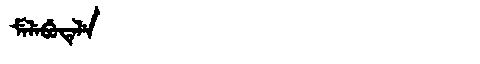
Manchu: ᠮᡝᠯᡝᠪᡠᡨᡝᠯᡝ
Romanization: MELEBUTELE